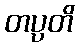
တပ္ပတိ